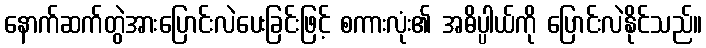
နောက်ဆက်တွဲအားပြောင်းလဲပေးခြင်းဖြင့် စကားလုံး၏ အဓိပ္ပါယ်ကို ပြောင်းလဲနိုင်သည်။